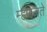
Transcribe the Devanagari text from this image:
म्हणजते